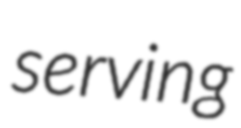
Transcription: serving